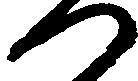
つ